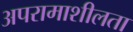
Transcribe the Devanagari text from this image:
अपरामाशीलता